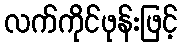
လက်ကိုင်ဖုန်းဖြင့်